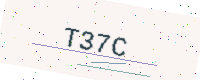
Text: T37C